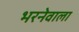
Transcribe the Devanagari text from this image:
भरनेवाला